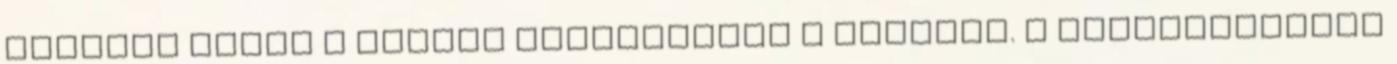
Eleinte éppen a metrón olvasgattam a könyvet. A munkahelyemig